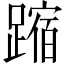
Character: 蹜